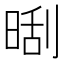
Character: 𣈛